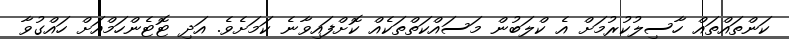
ކަންތައްތައް ހާސިލުކުރުމަށް އެ ކްލަބުން މަސައްކަތްތަކެއް ކޮށްފައިވާނެ ކަމަށެވެ. އަދި ޓޮޓެންހަމްއަށް ހައްގުވާ